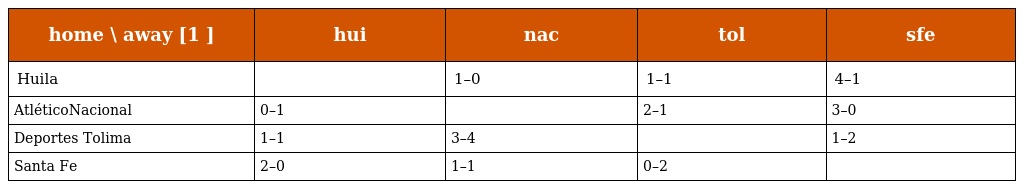
| home \ away [1 ] | hui | nac | tol | sfe |
 | --- | --- | --- | --- | --- |
 | Huila |  | 1–0 | 1–1 | 4–1 |
 | AtléticoNacional | 0–1 |  | 2–1 | 3–0 |
 | Deportes Tolima | 1–1 | 3–4 |  | 1–2 |
 | Santa Fe | 2–0 | 1–1 | 0–2 |  |